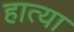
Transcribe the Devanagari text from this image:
हात्या